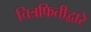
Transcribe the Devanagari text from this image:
चित्रफितीद्वारे